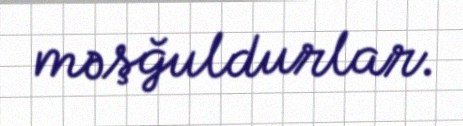
məşğuldurlar.